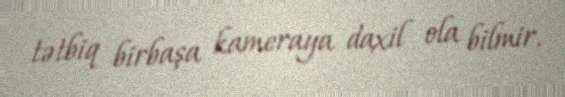
tətbiq birbaşa kameraya daxil ola bilmir.